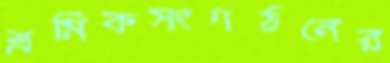
শ্রমিকসংগঠনের